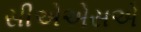
સીએએસએ